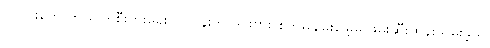
ပုလင်းတွေ ကိုယ်ပိုင်စီးပွားရေးလုပ်ငန်းကို ဒင်းဗား စိတ်မချမ်းမြေ့မှု ဖမ်းဆီးထိန်းသိမ်းခဲ့သူ